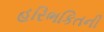
હરિભકિતની